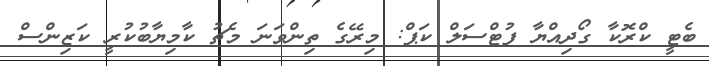
ބެޓީ ކްރޮކާ ގޯދިއްޔާ ފުޓްސަލް ކަޕް: މިރޭގެ ތިންވަނަ މެޗު ކާމިޔާބުކުރީ ކަޒިންސް